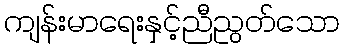
ကျန်းမာရေးနှင့်ညီညွတ်သော